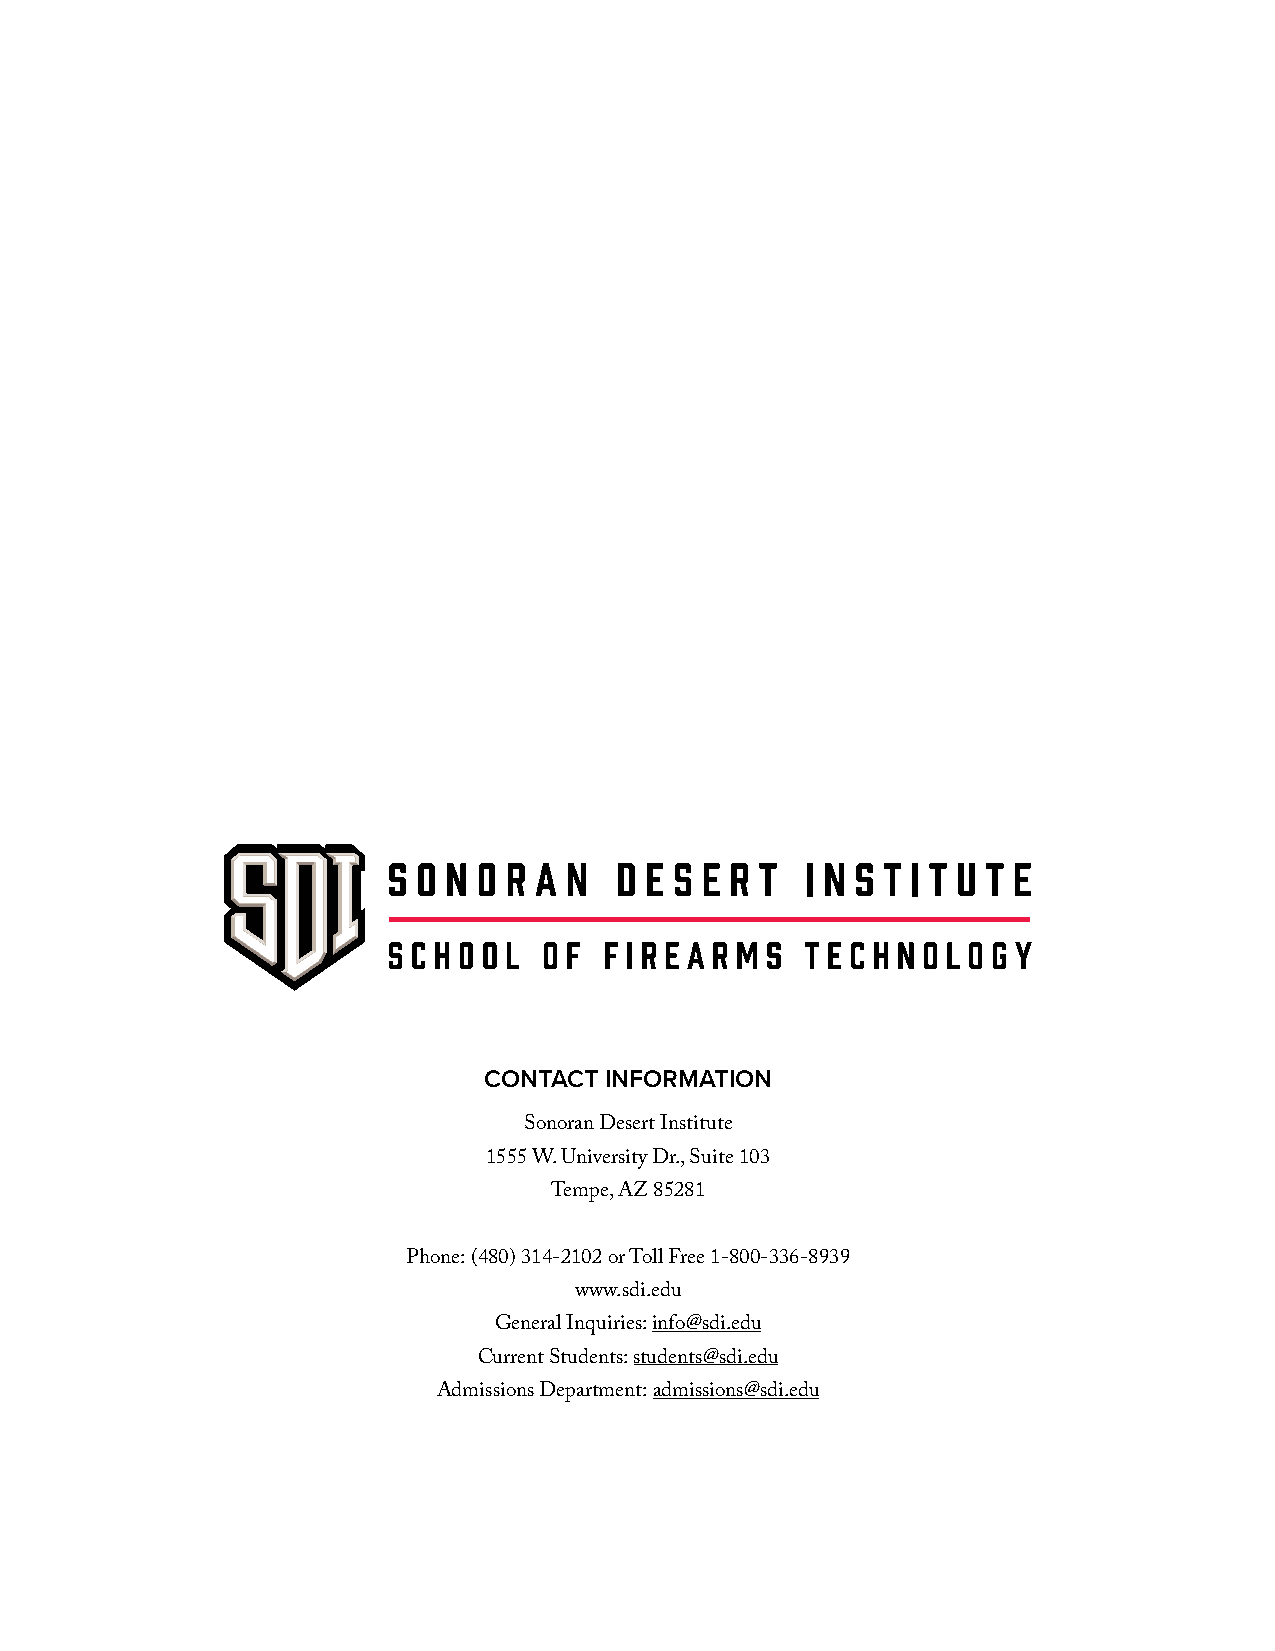
CONTACT INFORMATION
 Sonoran Desert Institute
 1555 W. University Dr., Suite 103
 Tempe, AZ 85281
 Phone: (480) 314-2102 or Toll Free 1-800-336-8939
 www.sdi.edu
 General Inquiries: info@sdi.edu
 Current Students: students@sdi.edu
 Admissions Department: admissions@sdi.edu